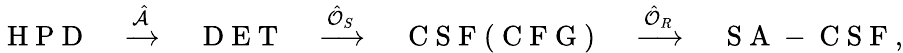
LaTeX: \mathrm{~H~P~D~}\quad\xrightarrow{\hat{\mathcal{A}}}\quad\mathrm{~D~E~T~}\quad\xrightarrow{\hat{\mathcal{O}}_{S}}\quad\mathrm{~C~S~F~(~C~F~G~)~}\quad\xrightarrow{\hat{\mathcal{O}}_{R}}\quad\mathrm{~S~A~-~C~S~F~},